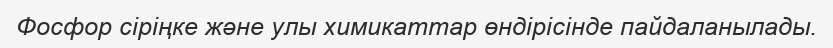
Фосфор сіріңке және улы химикаттар өндірісінде пайдаланылады.